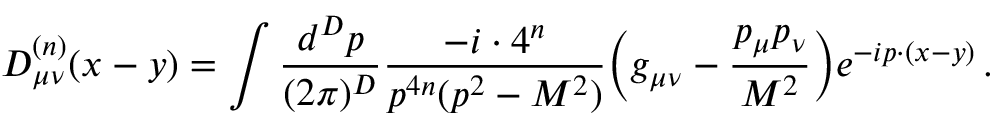
D _ { \mu \nu } ^ { ( n ) } ( x - y ) = \int \frac { d ^ { D } p } { ( 2 \pi ) ^ { D } } \frac { - i \cdot 4 ^ { n } } { p ^ { 4 n } ( p ^ { 2 } - M ^ { 2 } ) } \bigg ( g _ { \mu \nu } - \frac { p _ { \mu } p _ { \nu } } { M ^ { 2 } } \bigg ) e ^ { - i p \cdot ( x - y ) } \, .